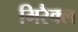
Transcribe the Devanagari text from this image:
मिरैक्ल